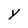
Character: Y